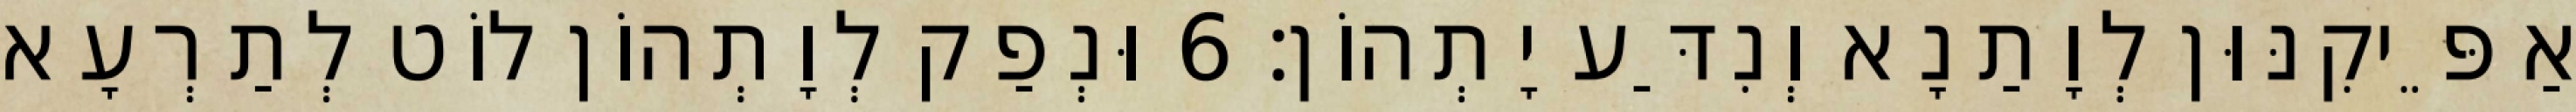
אַפֵּיקִנּוּן לְוָתַנָא וְנִדַּע יָתְהוֹן׃ 6 וּנְפַק לְוָתְהוֹן לוֹט לְתַרְעָא